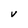
Character: v